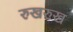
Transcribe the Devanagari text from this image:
रुखरुख